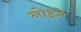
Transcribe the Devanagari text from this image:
नोइटे